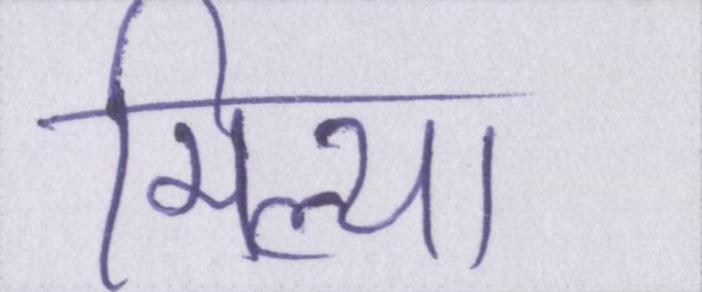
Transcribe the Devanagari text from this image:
मिल्या